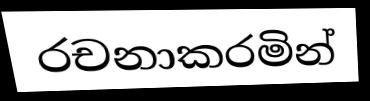
රචනාකරමින්